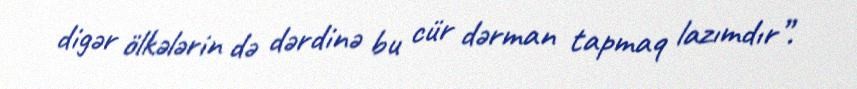
digər ölkələrin də dərdinə bu cür dərman tapmaq lazımdır”.